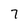
Character: 7